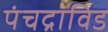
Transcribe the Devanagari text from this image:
पंचद्राविड